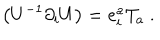
LaTeX: \left( U ^ { - 1 } \partial _ { i } U \right) = e _ { i } ^ { a } T _ { a } \ .